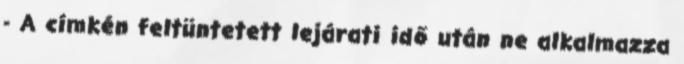
- A címkén feltüntetett lejárati idő után ne alkalmazza